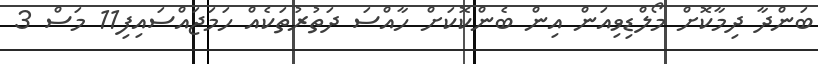
ބަންދާ ދިމާކޮށް މޯލްޑިވިއަން އިން ބެންކޮކަށް ހާއްސަ ދަތުރުތަކެއް ހަމަޖައްސައިފި11 މަސް 3